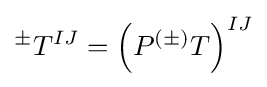
{}^{\pm }T^{IJ}=\left(P^{(\pm )}T\right)^{IJ}